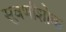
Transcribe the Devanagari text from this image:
सुवर्णाशोक